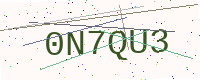
Text: 0N7QU3